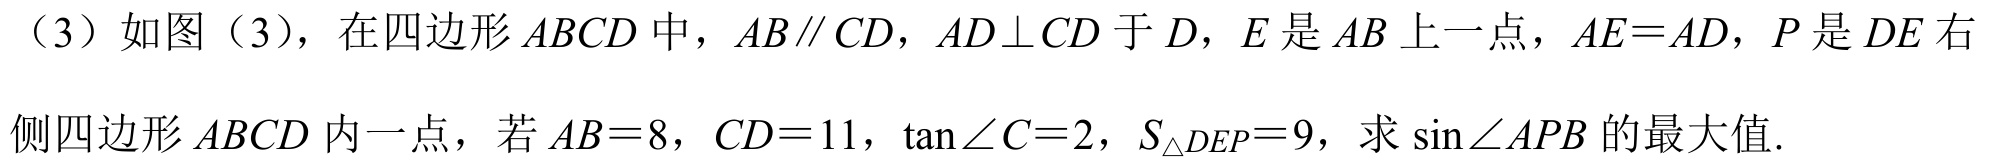
（3）如图（3），在四边形\(ABCD\)中，\(AB\parallel CD\)，\(AD\perp CD\)于\(D\)，\(E\)是\(AB\)上一点，\(AE = AD\)，\(P\)是\(DE\)右侧四边形\(ABCD\)内一点，若\(AB = 8\)，\(CD = 11\)，\(\tan\angle C=2\)，\(S_{\triangle DEP}=9\)，求\(\sin\angle APB\)的最大值.